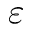
\varepsilon